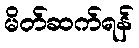
မိတ်ဆက်ရန်